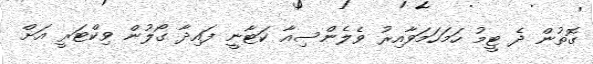
ގޮތުން ދެ ޓީމު ހަމަހަމަވާއިރު ވެލެންސިއާ ކަޓާނީ ފައިދާ ގޯލުން ވިކްޓަރީ އަށް